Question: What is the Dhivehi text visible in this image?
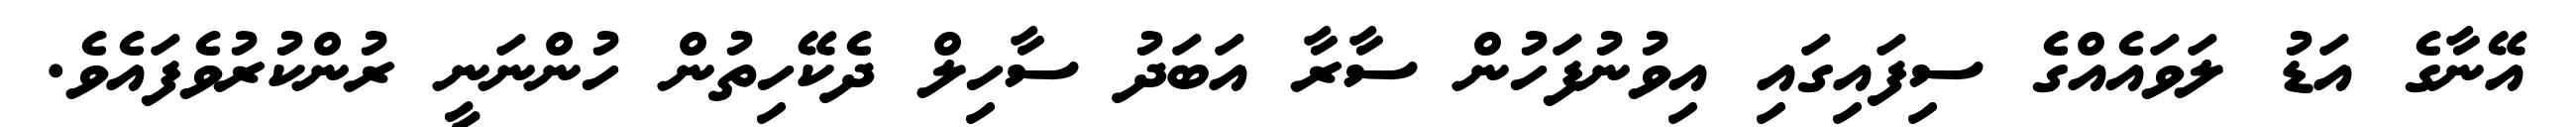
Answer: އޭނާގެ އަޑު ލަވައެއްގެ ސިފައިގައި އިވުނުފަހުން ސާރާ އަބަދު ސާހިލް ދެކޭހިތުން ހުންނަނީ ރުންކުރުވެފައެވެ.